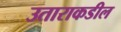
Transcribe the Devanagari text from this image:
उताराकडील